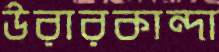
উরারকান্দা